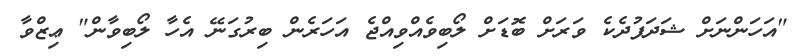
"އަހަންނަށް ޝަދަފުދެކެ ވަރަށް ބޮޑަށް ލޯބިވެއްވިއްޖެ އަހަރެން ބިރުގަނޭ އެހާ ލޯބިވާން" ޢިޒްވާ